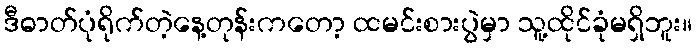
ဒီဓာတ်ပုံရိုက်တဲ့နေ့တုန်းကတော့ ထမင်းစားပွဲမှာ သူ့ထိုင်ခုံမရှိဘူး။